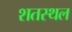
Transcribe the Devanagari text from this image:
शतस्थल